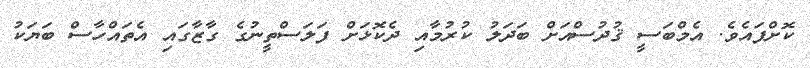
ކޮށްފައެވެ. އެމްބަސީ ޤުދުސްއަށް ބަދަލު ކުރުމާއި ދެކޮޅަށް ފަލަސްތީނުގެ ގާޒާގައި އެތައްހާސް ބަޔަކު